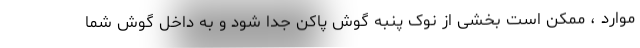
موارد ، ممکن است بخشی از نوک پنبه گوش پاکن جدا شود و به داخل گوش شما